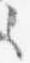
之